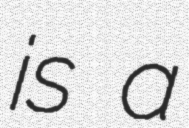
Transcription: is a